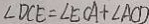
\angle D C E = \angle E C A + \angle A C D